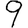
Digit: 9